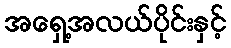
အရှေ့အလယ်ပိုင်းနှင့်